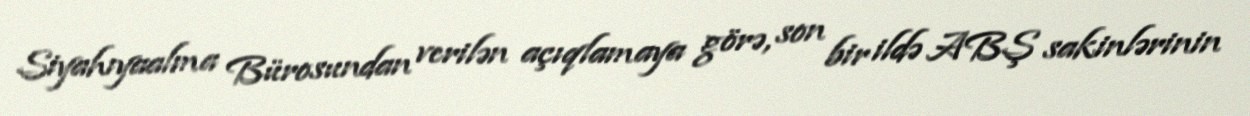
Siyahıyaalma Bürosundan verilən açıqlamaya görə, son bir ildə ABŞ sakinlərinin